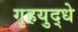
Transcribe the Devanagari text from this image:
गृहयुद्धे